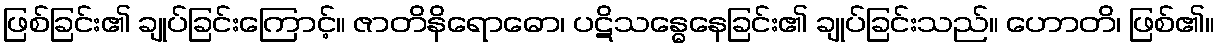
ဖြစ်ခြင်း၏ ချုပ်ခြင်းကြောင့်။ ဇာတိနိရောဓော၊ ပဋိသန္ဓေနေခြင်း၏ ချုပ်ခြင်းသည်။ ဟောတိ၊ ဖြစ်၏။